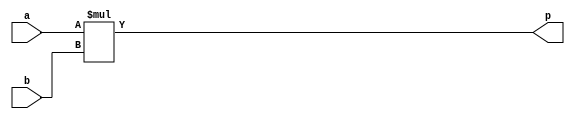
module multiplier_test(a, b, p);

input signed[15:0] a, b;
output signed[31:0] p;
assign p = a*b;

endmodule